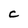
Character: C